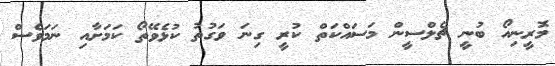
މޮރީނިއޯ ބުނީ ޗެލްސީން މަސައްކަތް ކުރީ ގިނަ ވަގުތު ކުޅެވޭތޯ ކަމަށާއި ނަމަވެސް